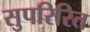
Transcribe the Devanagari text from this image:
सुपरिरित